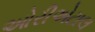
ઓરીએટાલ